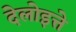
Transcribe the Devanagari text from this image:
देलोइत्ते